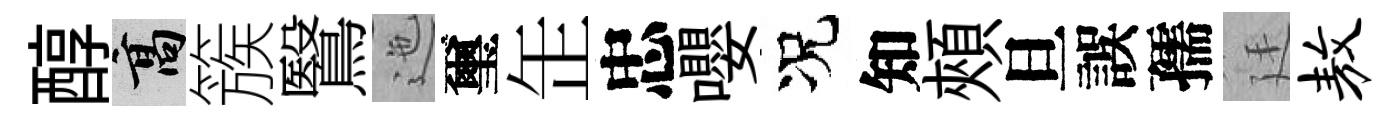
醇高簇鷖迤璽𦈢忠嚶况知頰旦誤孺廷敖